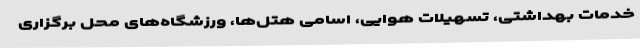
خدمات بهداشتی، تسهیلات هوایی، اسامی هتل‌ها، ورزشگاه‌های محل برگزاری